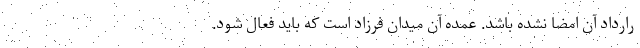
رارداد آن امضا نشده باشد. عمده آن میدان فرزاد است که باید فعال شود.